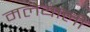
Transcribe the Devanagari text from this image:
मलेयाली